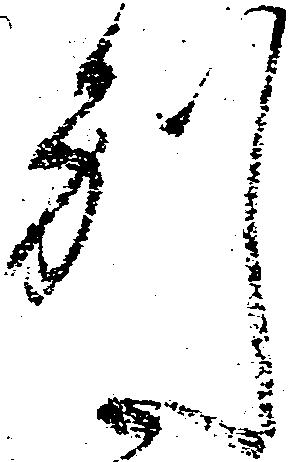
別